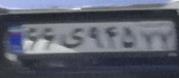
۶۶ی۹۴۵۷۷